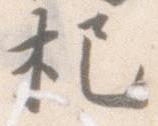
杷